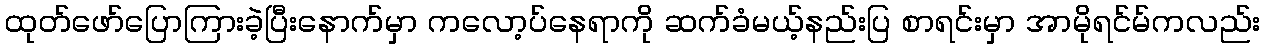
ထုတ်ဖော်ပြောကြားခဲ့ပြီးနောက်မှာ ကလော့ပ်နေရာကို ဆက်ခံမယ့်နည်းပြ စာရင်းမှာ အာမိုရင်မ်ကလည်း